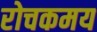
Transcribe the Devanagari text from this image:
रोचकमय